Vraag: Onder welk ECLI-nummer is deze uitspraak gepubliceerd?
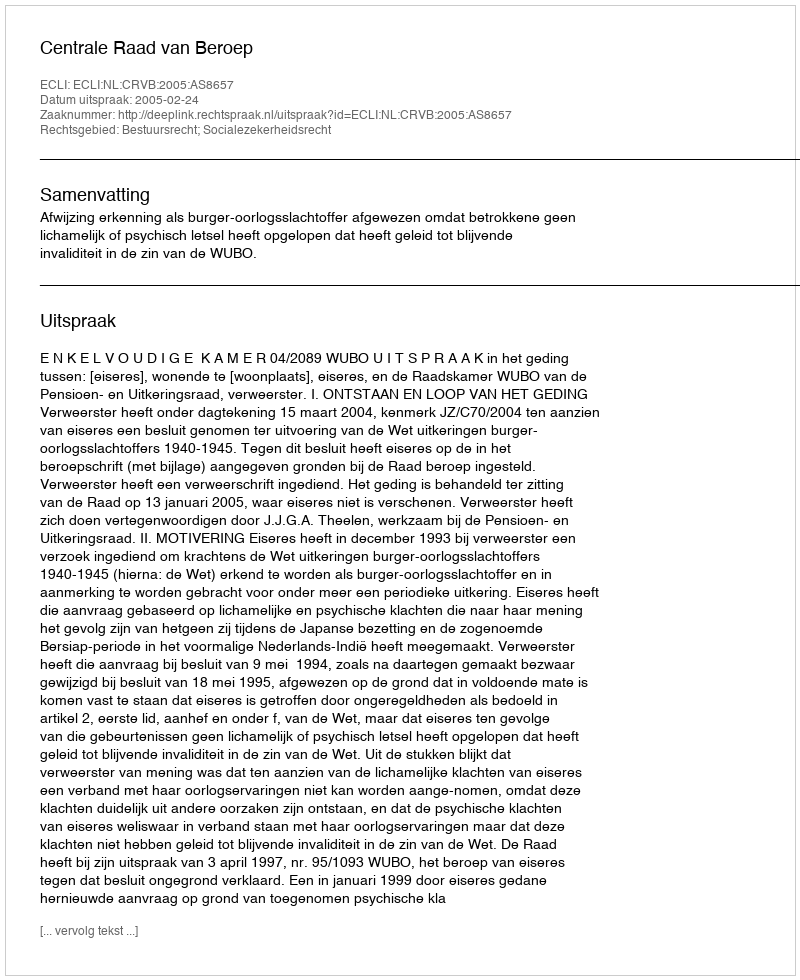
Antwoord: ECLI:NL:CRVB:2005:AS8657